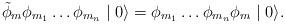
LaTeX: \begin{align*}\tilde{\phi}_{m} \phi_{m_{1}} \ldots \phi_{m_{n}}\mid 0 \rangle =\phi_{m_{1}} \ldots \phi_{m_{n}} \phi_{m} \mid 0 \rangle .\end{align*}